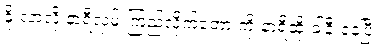
နိုးလာလို့ နာရီလှမ်းကြည့်လိုက်တော့ ကိုးနာရီထိုးခါနီးနေပြီ။